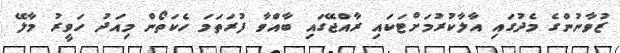
ޒުވާނުންގެ މެދުގައި އާލާކުރުމަށްޓަކައި ރާއްޖޭގައި ބާއްވާ ފުރަތަމަ ހެކަތޯން މިއަދު ހަވީރު މާލޭ